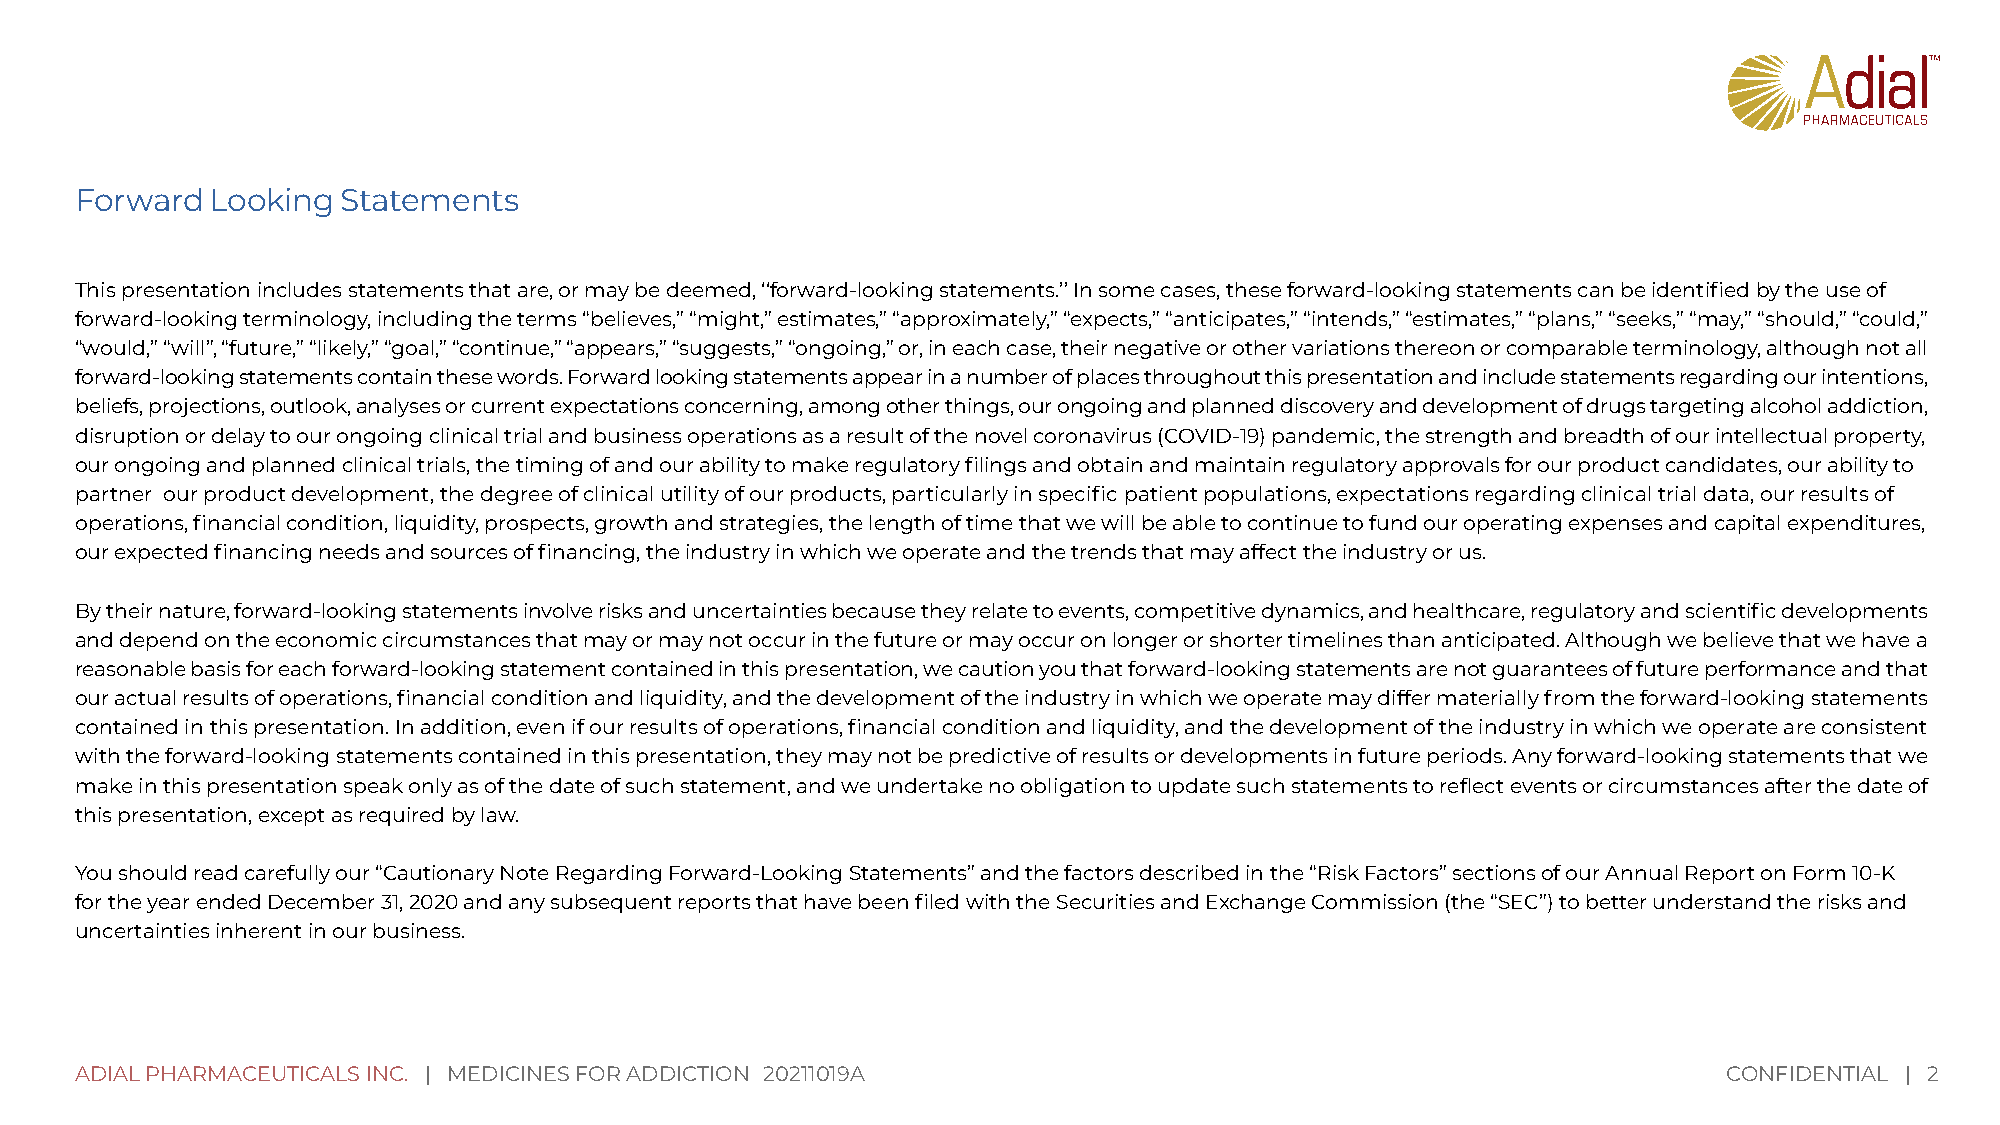
Forward  Looking  Statements
 This presentation includes statements that are, or may be deemed, ‘‘forward-looking statements.’’ In some cases, these forward-looking statements can be identified by the use of
 forward-looking terminology, including the terms “believes,” “might,” estimates,” “approximately,” “expects,” “anticipates,” “intends,” “estimates,” “plans,” “seeks,” “may,” “should,” “could,”
 “would,” “will”, “future,” “likely,” “goal,” “continue,” “appears,” “suggests,” “ongoing,” or, in each case, their negative or other variations thereon or comparable terminology, although not all
 forward-looking statements contain these words. Forward looking statements appear in a number of places throughout this presentation and include statements regarding our intentions,
 beliefs, projections, outlook, analyses or current expectations concerning, among other things, our ongoing and planned discovery and development of drugs targeting alcohol addiction,
 disruption or delay to our ongoing clinical trial and business operations as a result of the novel coronavirus (COVID-19) pandemic, the strength and breadth of our intellectual property,
 our ongoing and planned clinical trials, the timing of and our ability to make regulatory filings and obtain and maintain regulatory approvals for our product candidates, our ability to
 partner our product development, the degree of clinical utility of our products, particularly in specific patient populations, expectations regarding clinical trial data, our results of
 operations, financial condition, liquidity, prospects, growth and strategies, the length of time that we will be able to continue to fund our operating expenses and capital expenditures,
 our expected financing needs and sources of financing, the industry in which we operate and the trends that may affect the industry or us.
 By their nature, forward-looking statements involve risks and uncertainties because they relate to events, competitive dynamics, and healthcare, regulatory and scientific developments
 and depend on the economic circumstances that may or may not occur in the future or may occur on longer or shorter timelines than anticipated. Although we believe that we have a
 reasonable basis for each forward-looking statement contained in this presentation, we caution you that forward-looking statements are not guarantees of future performance and that
 our actual results of operations, financial condition and liquidity, and the development of the industry in which we operate may differ materially from the forward-looking statements
 contained in this presentation. In addition, even if our results of operations, financial condition and liquidity, and the development of the industry in which we operate are consistent
 with the forward-looking statements contained in this presentation, they may not be predictive of results or developments in future periods. Any forward-looking statements that we
 make in this presentation speak only as of the date of such statement, and we undertake no obligation to update such statements to reflect events or circumstances after the date of
 this presentation, except as required by law.
 You should read carefully our “Cautionary Note Regarding Forward-Looking Statements” and the factors described in the “Risk Factors” sections of our Annual Report on Form 10-K
 for the year ended December 31, 2020 and any subsequent reports that have been filed with the Securities and Exchange Commission (the “SEC”) to better understand the risks and
 uncertainties inherent in our business.
 ADIAL PHARMACEUTICALS INC. | MEDICINES FOR ADDICTION 20211019A                                               CONFIDENTIAL | 2